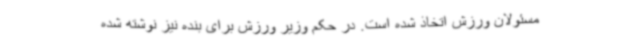
مسئولان ورزش اتخاذ شده است. در حکم وزیر ورزش برای بنده نیز نوشته شده